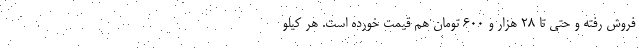
فروش رفته و حتی تا ۲۸ هزار و ۶۰۰ تومان هم قیمت خورده است. هر کیلو